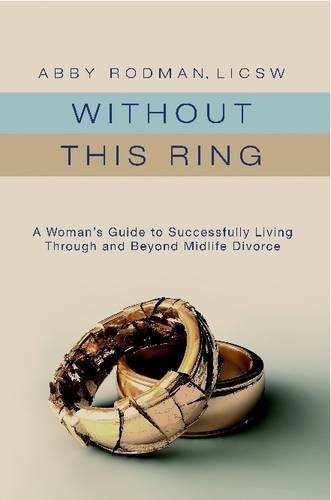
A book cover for Without This Ring: A Woman's Guide to Successfully Living Through and Beyond Midlife Divorce; Abby Rodman; Self-Help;